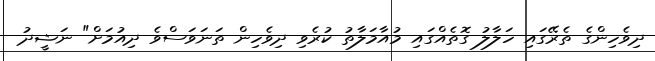
ދިވެހިންގެ ތެރޭގައި ހަލާލު ގޮތެއްގައި މުއާމަލާތު ކުރެވި ދިވެހިން ތަނަވަސްވެ ދިއުމަށް" ނަޝީދު